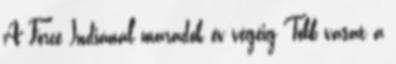
A Force Indiánál maradok év végéig Több vasat a